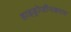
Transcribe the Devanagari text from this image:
हाइड्रोजीनकरण